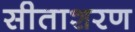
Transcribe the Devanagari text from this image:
सीताशरण